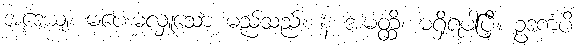
အဒေယျံ၊ မပေးမလှူသော မည်သည်။ န အမတ္ထိ၊ မရှိရပါပြီ။ ဥဒကံပိ